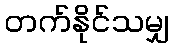
တက်နိုင်သမျှ